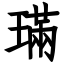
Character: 璊